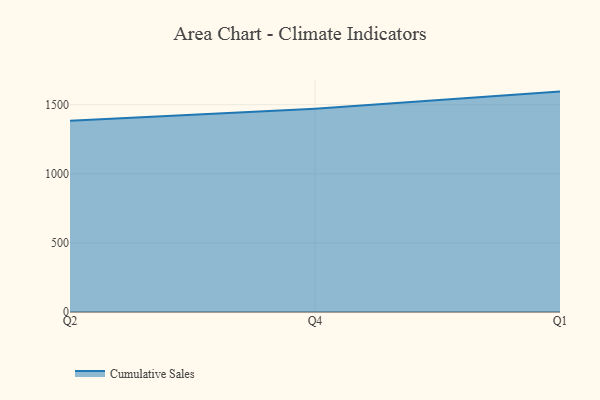
{"axis": {"x": "Quarter", "y": "Customer Acquisition Cost (USD)"}, "legend": ["Cumulative Sales"], "data": [{"x": "Q2", "y": 1383.0, "type": "Cumulative Sales"}, {"x": "Q4", "y": 1470.7, "type": "Cumulative Sales"}, {"x": "Q1", "y": 1594.8, "type": "Cumulative Sales"}]}